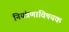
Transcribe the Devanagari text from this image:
नियंत्रणाविषयक